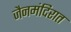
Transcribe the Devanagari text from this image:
जैनमंदिरात